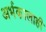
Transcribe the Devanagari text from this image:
अर्भकालाही